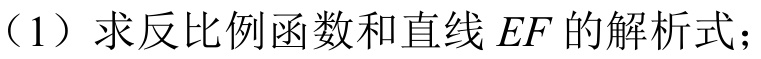
（1）求反比例函数和直线 \(EF\) 的解析式；